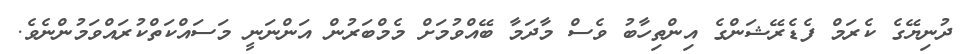
ދުނިޔޭގެ ކެރަމް ފެޑެރޭޝަންގެ އިންތިހާބު ވެސް މާދަމާ ބޭއްވުމަށް މެމްބަރުން އަންނަނީ މަސައްކަތްކުރައްވަމުންނެވެ.